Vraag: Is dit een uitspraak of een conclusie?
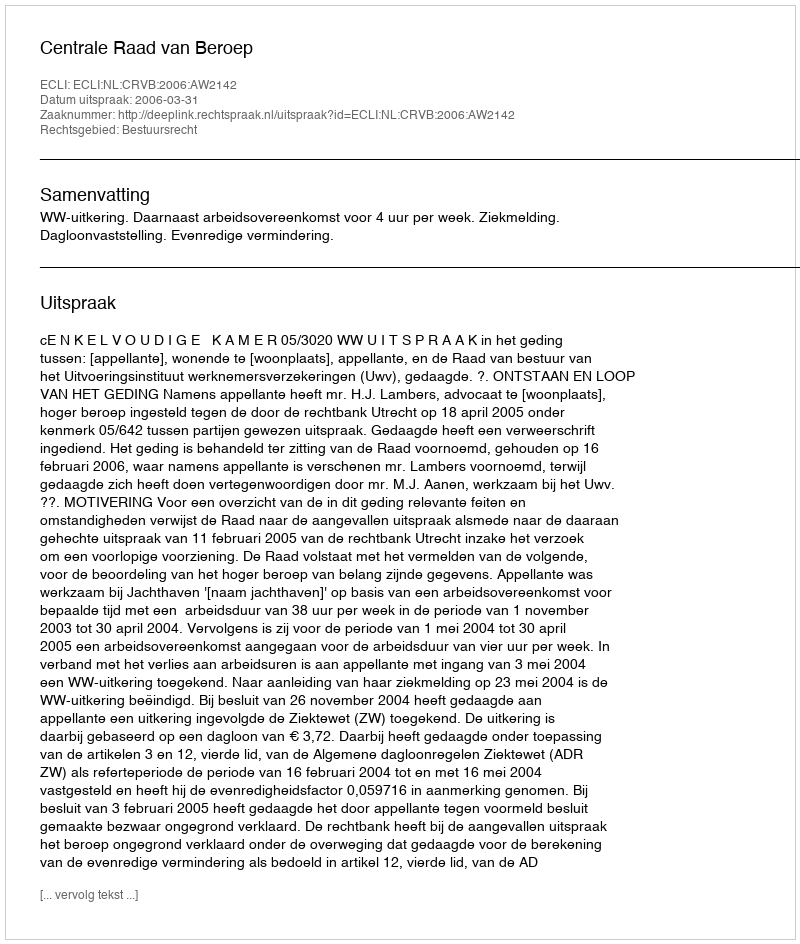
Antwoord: Uitspraak